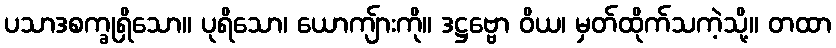
ပသာဒစက္ခုရှိသော။ ပုရိသော၊ ယောကျ်ားကို။ ဒဋ္ဌဗ္ဗော ဝိယ၊ မှတ်ထိုက်သကဲ့သို့။ တထာ